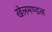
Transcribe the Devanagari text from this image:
खेलमण्डल